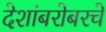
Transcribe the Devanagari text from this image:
देशांबरोबरचे